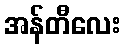
အန်တီလေး